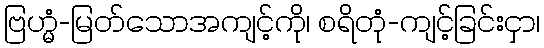
ဗြဟ္မံ-မြတ်သောအကျင့်ကို၊ စရိတုံ-ကျင့်ခြင်းငှာ၊